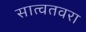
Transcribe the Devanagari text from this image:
सात्वतवरा